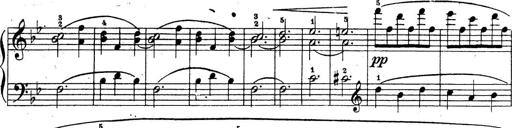
Title: 10 Sonatinas
Composer: Fritz Spindler